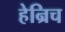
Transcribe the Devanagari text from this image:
हेन्रिच